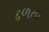
ઢળતા